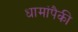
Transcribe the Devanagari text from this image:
धामांपैकी